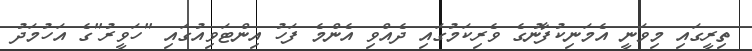
ތިރީގައި މިވަނީ އެމަނިކުފާނުގެ ވެރިކަމުގައި ދެއްވި އެންމެ ފަހު އިންޓަވިއުގައި "ހަވީރު"ގެ އަހުމަދު